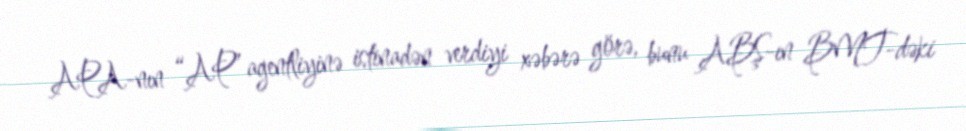
APA-nın “AP” agentliyinə istinadən verdiyi xəbərə görə, bunu ABŞ-ın BMT-dəki